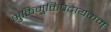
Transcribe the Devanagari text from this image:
भुक्तिमुक्तिप्रदायकम्